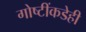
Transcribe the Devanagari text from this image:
गोष्टींकडेही